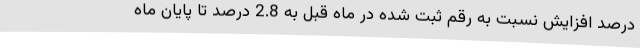
درصد افزایش نسبت به رقم ثبت شده در ماه قبل به 2.8 درصد تا پایان ماه